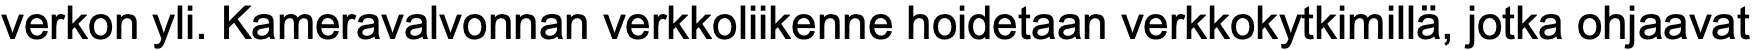
verkon yli. Kameravalvonnan verkkoliikenne hoidetaan verkkokytkimillä, jotka ohjaavat